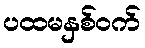
ပထမနှစ်ဝက်